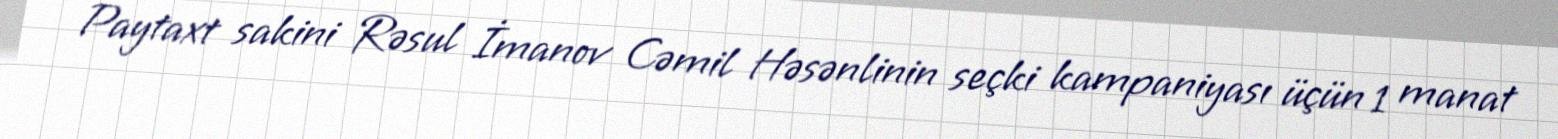
Paytaxt sakini Rəsul İmanov Cəmil Həsənlinin seçki kampaniyası üçün 1 manat